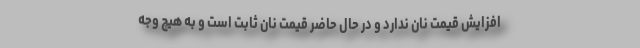
افزایش قیمت نان ندارد و در حال حاضر قیمت نان ثابت است و به هیچ وجه